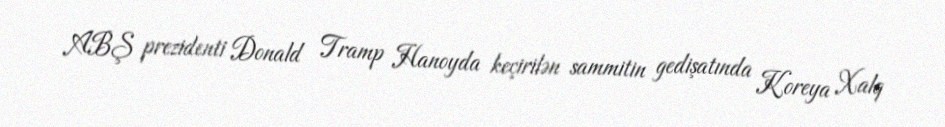
ABŞ prezidenti Donald Tramp Hanoyda keçirilən sammitin gedişatında Koreya Xalq